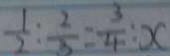
\frac { 1 } { 2 } : \frac { 2 } { 3 } = \frac { 3 } { 4 } : x